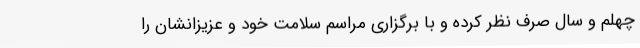
چهلم و سال صرف نظر کرده و با برگزاری مراسم سلامت خود و عزیزانشان را